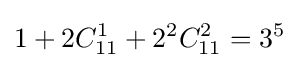
1+2C_{11}^{1}+2^{2}C_{11}^{2}=3^{5}